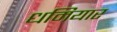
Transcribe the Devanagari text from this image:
धमियार